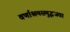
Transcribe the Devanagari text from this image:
वर्णाश्रमसमुद्भजवा